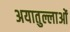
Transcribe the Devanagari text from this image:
अयातुल्लाओं